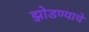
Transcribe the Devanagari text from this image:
झोडण्याचे